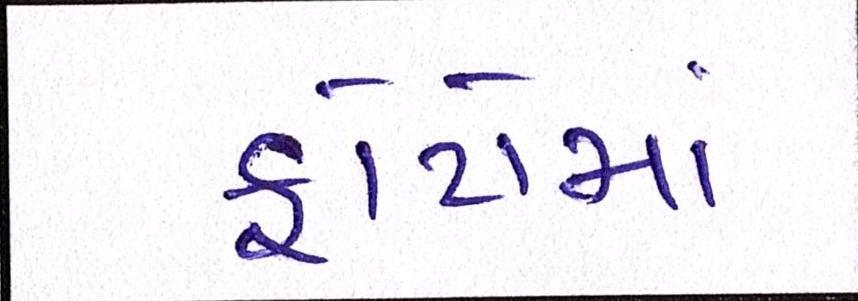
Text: ફોટોમાં